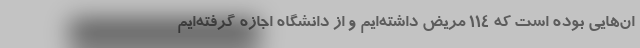
ان‌هایی بوده است که ۱۱۴ مریض داشته‌ایم و از دانشگاه اجازه گرفته‌ایم